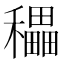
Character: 𥣬